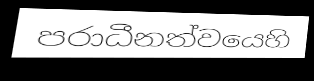
පරාධීනත්වයෙහි